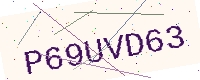
Text: P69UVD63